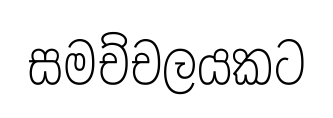
සමච්චලයකට